Annual administration report of the Civil Veterinary Department, Sind - 1937-1938
Year: 1937
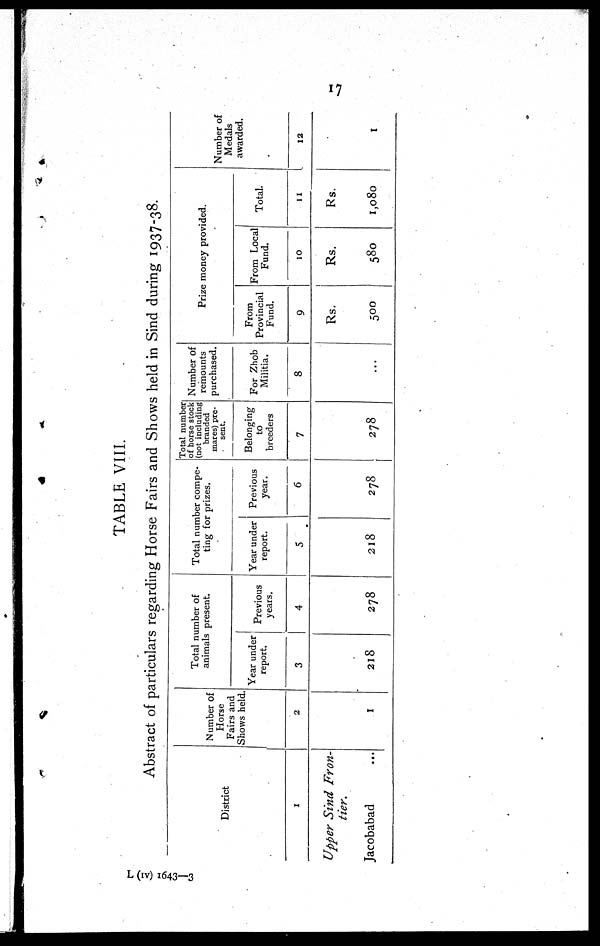
17
TABLE VIII.
Abstract of particulars regarding Horse Fairs and Shows held in Sind during 1937-38.
District
1
Upper Sind Fron-
tier.
Jacobabad ...
Number of
Horse
Fairs and
Shows held.
2
I
Total number of
animals present.
Year under
report.
3
218
Previous
years.
4
278
Total number compe-
ting for prizes.
Year under
report.
5
218
Previous
year.
6
278
Total number
of horse stock
(not including
branded
mares) pre-
sent.
Belonging
to
breeders
7
278
Number of
remounts
purchased.
For Zhob
Militia.
8
...
Prize money provided.
From
Provincial
Fund.
9
Rs.
500
From Local
Fund.
10
Rs.
580
Total.
11
Rs.
1,080
Number of
Medals
awarded.
12
1
L (iv) 1643—3